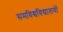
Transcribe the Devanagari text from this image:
समविश्वविद्यालयों